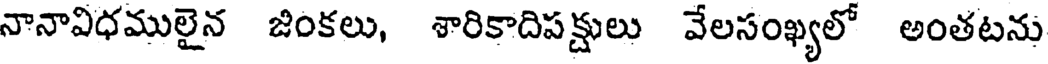
నానావిధములైన జింకలు, శారికాదిపక్షులు వేలసంఖ్యలో అంతటను